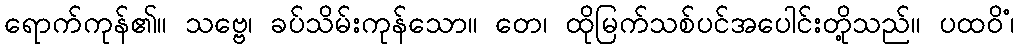
ရောက်ကုန်၏။ သဗ္ဗေ၊ ခပ်သိမ်းကုန်သော။ တေ၊ ထိုမြက်သစ်ပင်အပေါင်းတို့သည်။ ပထဝိံ၊